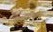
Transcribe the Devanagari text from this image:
कथाविधान